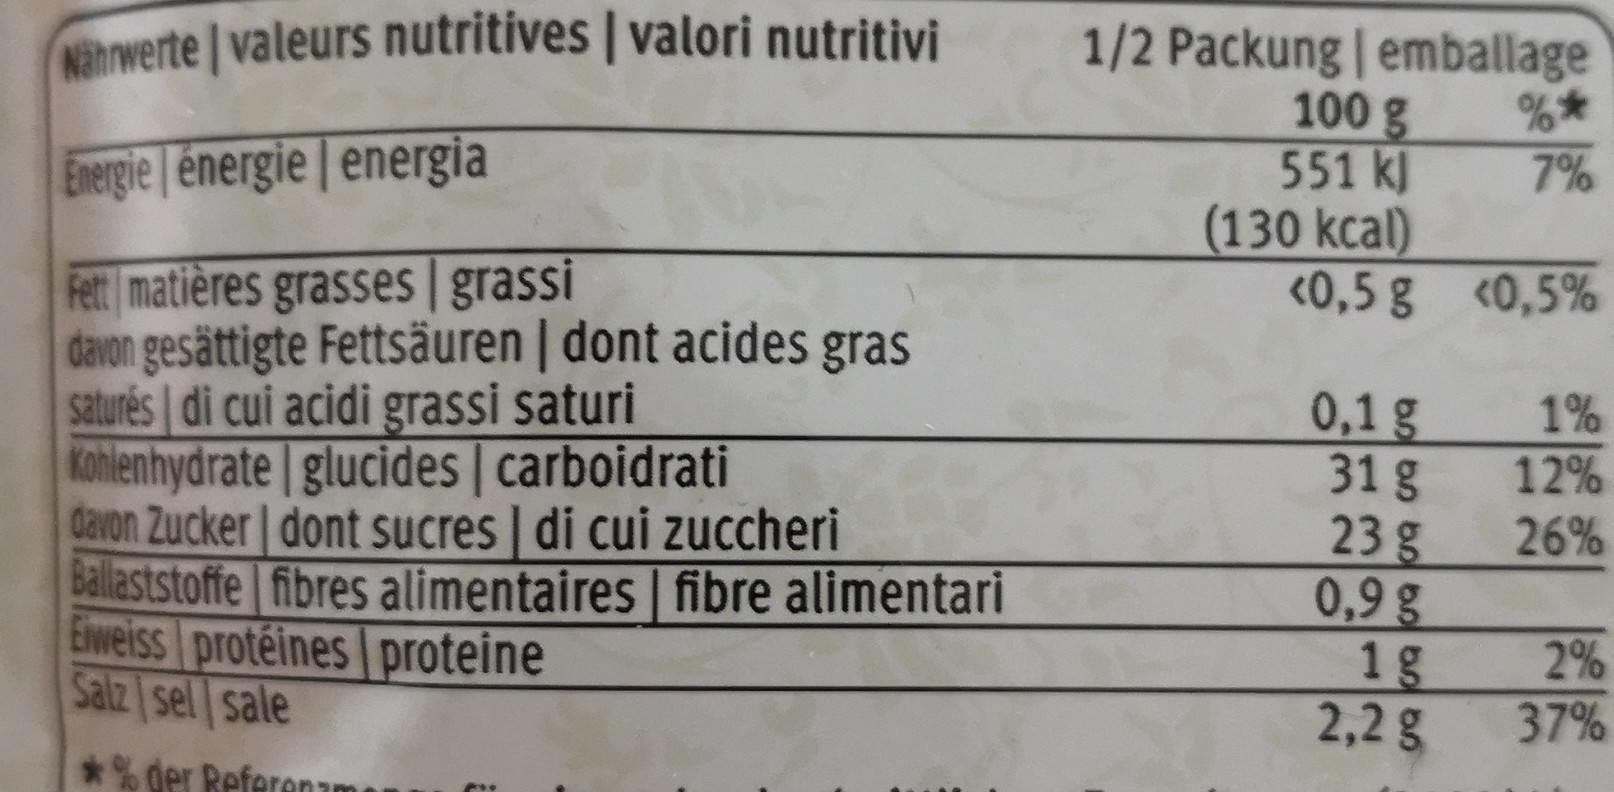
1/2 Packung | emballage 100 g 551 kl (130 kcal) <0,5 g <0,5%
Nahnwerte valeurs nutritives | valori nutritivi
7%
Energie | énergie energia
Fett matières grasses | grassi davon gesättigte Fettsäuren | dont acides gras saturés di cui acidi grassi saturi kohlenhydrate glucides | carboidrati davon Zucker dont sucres | di cui zuccheri Ballaststoffe fibres alimentaires | fibre alimentari Eiweiss protéines proteine Salz sel sale
1% 12%
0,1g 31g 23g 0,9 g 1g 2,2 g
26%
2% 37%
der Referenzm